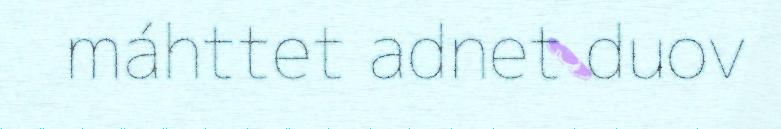
máhttet adnet duov